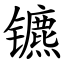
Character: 镳